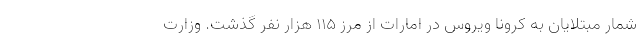
شمار مبتلایان به کرونا ویروس در امارات از مرز ۱۱۵ هزار نفر گذشت. وزارت